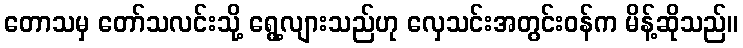
တောသမှ တော်သလင်းသို့ ရွေ့လျားသည်ဟု လှေသင်းအတွင်းဝန်က မိန့်ဆိုသည်။